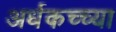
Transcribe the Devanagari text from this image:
अर्धकच्च्या